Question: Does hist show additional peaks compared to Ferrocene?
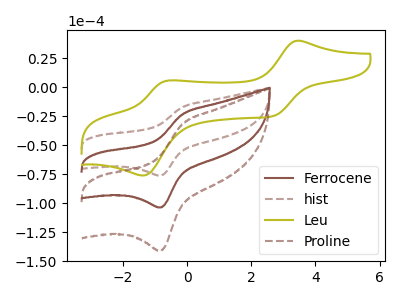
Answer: <think>The brown curve "Ferrocene" has an anodic peak at (-0.15V, -23.35uA) and a cathodic peak at (-0.80V, -103.55uA). The brown dashed curve "hist" has an anodic peak at (-0.15V, -17.15uA) and a cathodic peak at (-0.80V, -76.05uA). The olive curve "Leu" has anodic peaks at (3.45V, 40.30uA) (-0.60V, 6.00uA) and cathodic peaks at (2.70V, -24.60uA) (-1.35V, -76.00uA). The brown dashed curve "Proline" has an anodic peak at (-0.15V, -46.75uA) and a cathodic peak at (-0.80V, -207.10uA).
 All the peaks in "hist" have a peak in "Ferrocene" at the same potential.</think>
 <answer>No, "hist" and "Ferrocene" don't appear to be significantly different in shape</answer>
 <eval>no_change</eval>